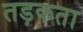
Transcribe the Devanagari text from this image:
तड़कता